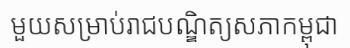
មួយសម្រាប់រាជបណ្ឌិត្យសភាកម្ពុជា